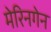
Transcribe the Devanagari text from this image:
मेरिनगेन